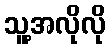
သူ့အလိုလို